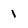
Character: 1